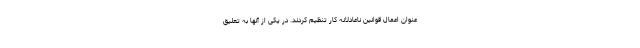
عنوان اعمال قوانین ناعادلانه کار تنظیم کردند. در یکی از آنها به تعلیق